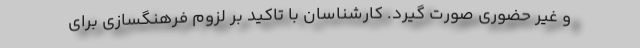
و غیر حضوری صورت گیرد. کارشناسان با تاکید بر لزوم فرهنگسازی برای